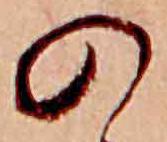
の